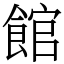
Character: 館